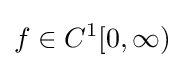
f\in C^{1}[0,\infty )